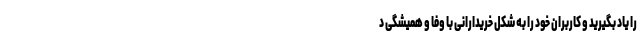
را یاد بگیرید و کاربران خود را به شکل خریدارانی با وفا و همیشگی د